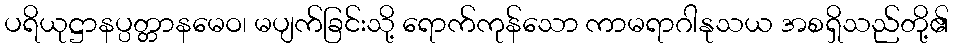
ပရိယုဋ္ဌာနပ္ပတ္တာနမေဝ၊ မပျက်ခြင်းသို့ ရောက်ကုန်သော ကာမရာဂါနုသယ အစရှိသည်တို့၏